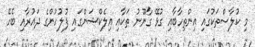
މި ކުލާސްތަކުގައި އިންތިހާބާއި ގުޅޭ ގާނޫނު ތަކާއި އިލެކްޝަންގައި ފުލުހުންގެ ދައުރާއި ބެހޭ